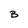
Character: B